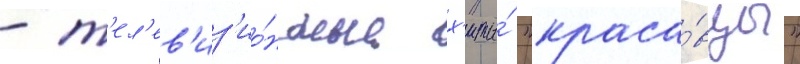
- т'ел'ев'из'ио́нные х'иты́ "краса́вцы"